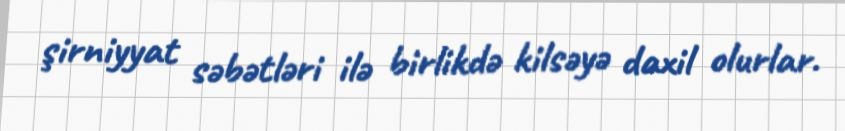
şirniyyat səbətləri ilə birlikdə kilsəyə daxil olurlar.